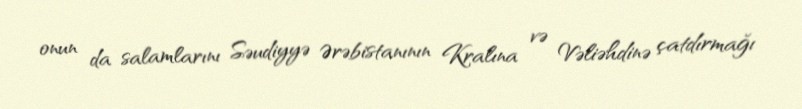
onun da salamlarını Səudiyyə Ərəbistanının Kralına və Vəliəhdinə çatdırmağı